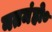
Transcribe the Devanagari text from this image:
नतमंहो०